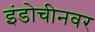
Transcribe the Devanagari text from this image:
इंडोचीनवर